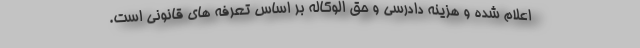
اعلام شده و هزینه دادرسی و حق الوکاله بر اساس تعرفه های قانونی است.